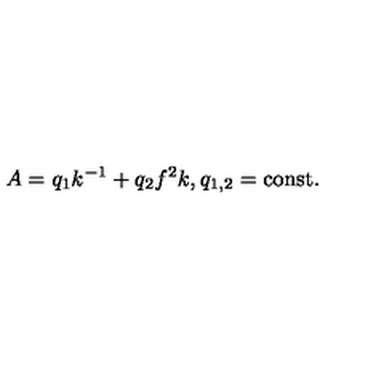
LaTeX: A = q _ { 1 } k ^ { - 1 } + q _ { 2 } f ^ { 2 } k , q _ { 1 , 2 } = \mathrm { c o n s t } .